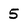
Character: 5